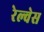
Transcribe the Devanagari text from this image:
रेल्वेस